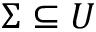
\Sigma \subseteq U